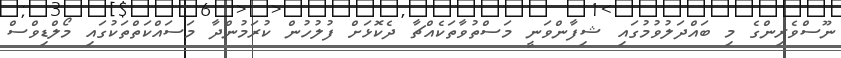
ނޫސްވެރިންގެ މި ބައްދަލުވުމުގައި ޝިފާންވަނީ މަސްތުވާތަކެއްޗާ ދެކޮޅަށް ފުލުހުން ކުރަމުންދާ މަސައްކަތްތަކުގައި މޯލްޑިވްސް